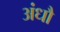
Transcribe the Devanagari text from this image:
अंधौ